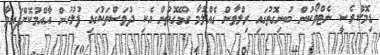
ޑިމޮކްރެސީ ނެޓްވޯކުން ބުނިގޮތުގައި ރިލްވާން ގެއްލުމާ ގުޅޭގޮތުން އެކި ދުވަސްތަކުގައި ފުލުހުން އާއްމުކޮށްފައިވާ